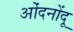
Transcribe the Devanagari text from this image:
ओंदनोंदू